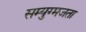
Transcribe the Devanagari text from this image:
सम्युग्मजता